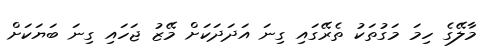
މާލޭގެ ހިމަ މަގުތަކު ތެރޭގައި ގިނަ އަދަދަކަށް މޭޒު ޖަހައި ގިނަ ބަޔަކަށް